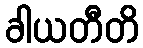
ခါယတီတိ